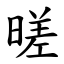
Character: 暛